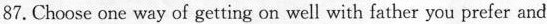
87.Choose one way of getting on well with father you prefer and